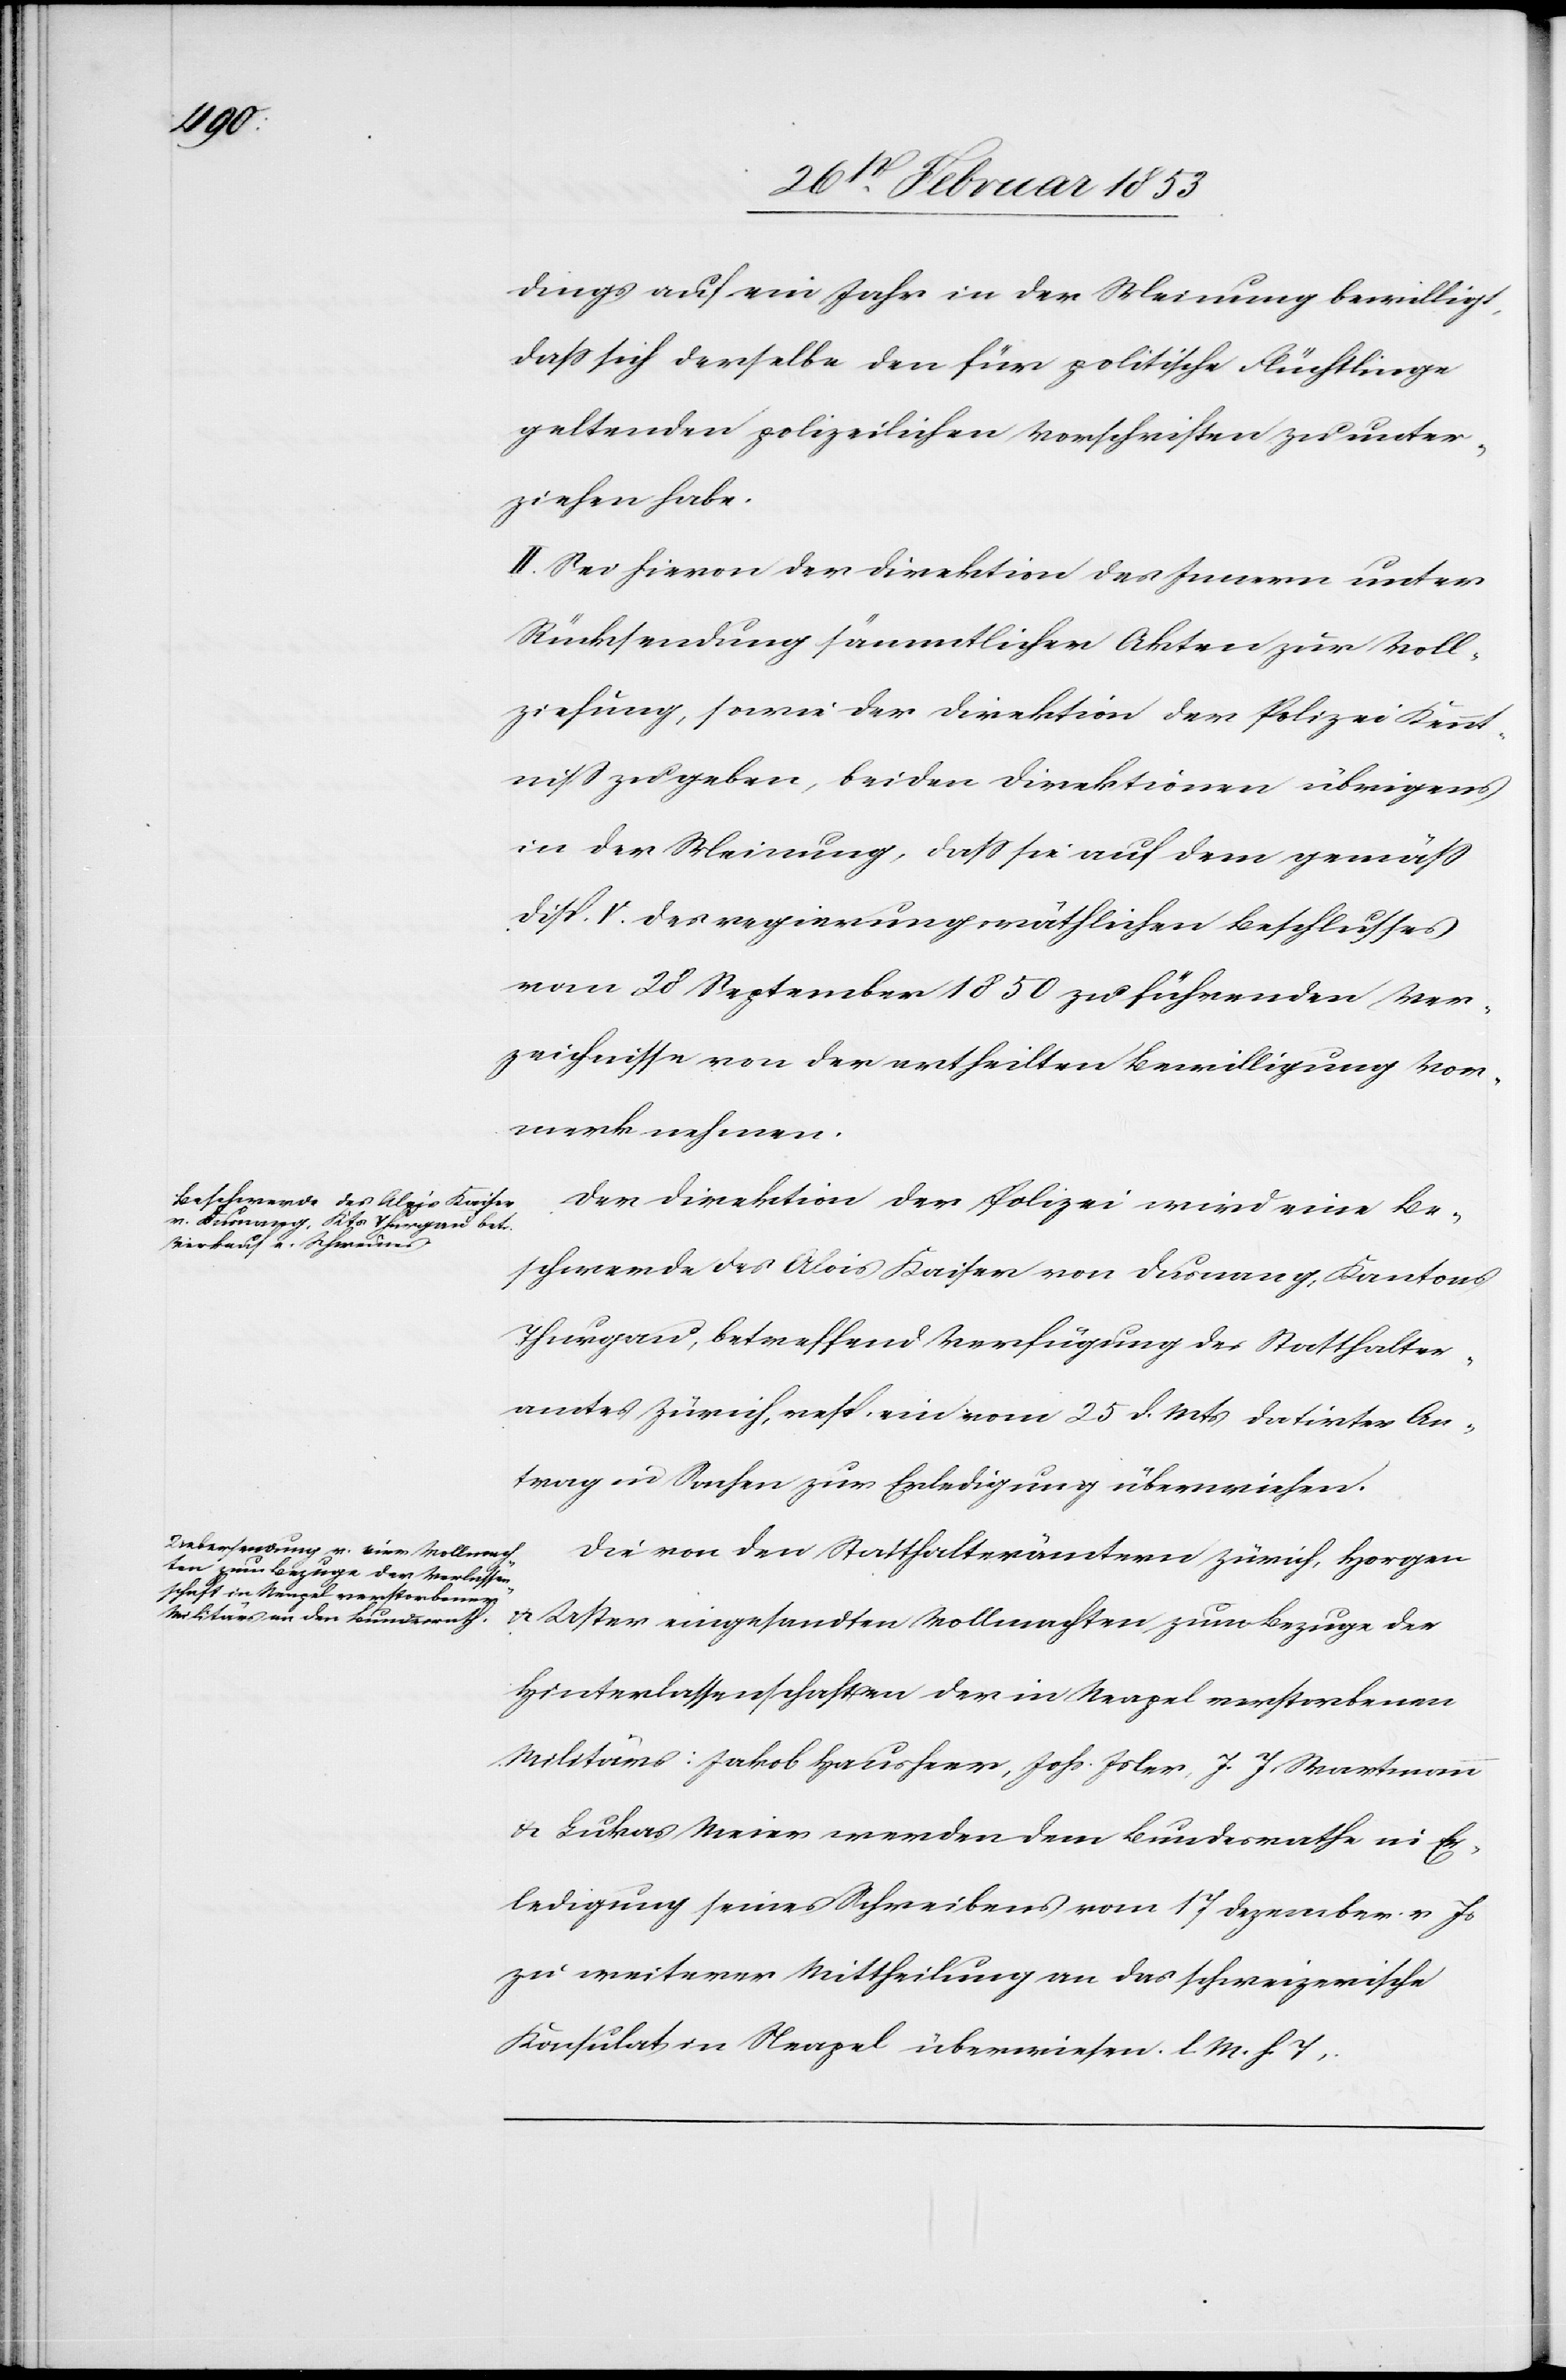
dings auf ein Jahr in der Meinung bewilligt,
daß sich derselbe den für politische Flüchtlinge
geltenden polizeilichen Vorschriften zu unter¬
ziehen habe.
II. Sei hievon der Direktion des Innern unter
Rücksendung sämmtlicherr Akten zur Voll¬
ziehung, sowie der Direktion der Polizei Kennt¬
niß zu geben, bei den Direktionen übrigens
in der Meinung, daß sie auf dem gemäß
Disp. V. des regierungsräthlichen Beschlusses
vom 28 September 1850 zu führenden Ver¬
zeichniss von der ertheilten Bewilligung Vor¬
merk nehmen.
Der Direktion der Polizei wird eine Be¬
schwerde des Alois Kaiser von Dusnang, Kantons
Thurgau, betreffend Verfügung des Statthalter¬
amtes Zürich, ein vom 25 d. Mts. datirter An¬
trag in Sachen zur Erledigung überwiesen.
Die von den Statthalterämtern Zürich, Horgen
u. Uster eingesandten Vollmachten zum Bezug der
Hinterlassenschaften der in Neapel verstorbenen
Militärs: Jakob Hausheer, Johs. Isler, J. J. Wartmann
u. Lukas Meier werden dem Bundesrathe in Er¬
ledigung seines Schreibens vom 17 Dezember v. Js.
zu weiterer Mittheilung an das schweizerische
Konsulat in Neapel überwiesen. l. M. h. T